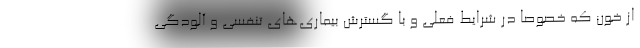
از خون که خصوصا در شرایط فعلی و با گسترش بیماری‌های تنفسی و آلودگی